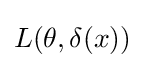
L(\theta ,\delta (x))\,\!